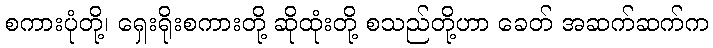
စကားပုံတို့၊ ရှေးရိုးစကားတို့ ဆိုထုံးတို့ စသည်တို့ဟာ ခေတ် အဆက်ဆက်က